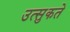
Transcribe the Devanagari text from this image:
उत्सुकते